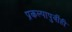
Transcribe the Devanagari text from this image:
प्रकल्पापुर्वीही